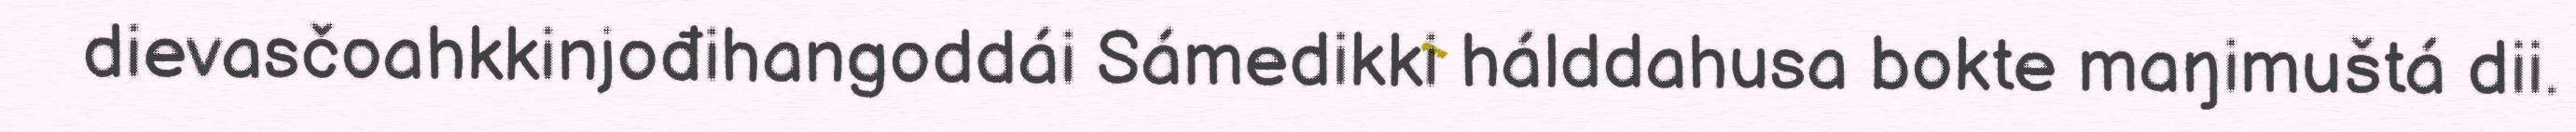
dievasčoahkkinjođihangoddái Sámedikki hálddahusa bokte maŋimuštá dii.